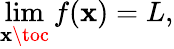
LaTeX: \operatorname*{lim}_{\mathbf{x}\toc}f(\mathbf{x})=L,